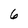
Character: 6